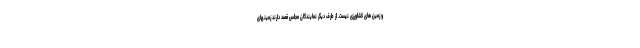
و زمین های کشاورزی نیست. از طرف دیگر نمایندگان مجلس قصد دارند زمینهای